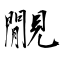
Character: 覵